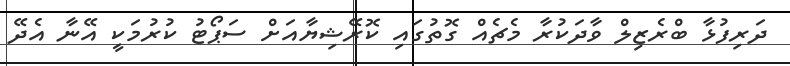
ދަރިފުޅާ ބްރެޒިލް ވާދަކުރާ މެޗެއް ގޮތުގައި ކޮރޭޝިޔާއަށް ސަޕޯޓު ކުރުމަކީ އޭނާ އެދޭ